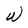
Character: W